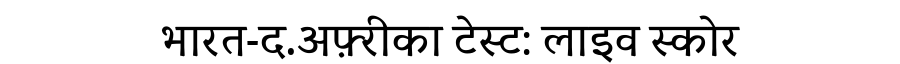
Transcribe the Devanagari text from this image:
भारत-द.अफ़्रीका टेस्ट: लाइव स्कोर